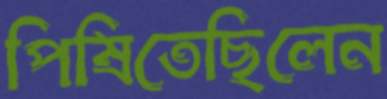
পিষিতেছিলেন